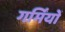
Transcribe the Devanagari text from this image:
गर्मिंयों